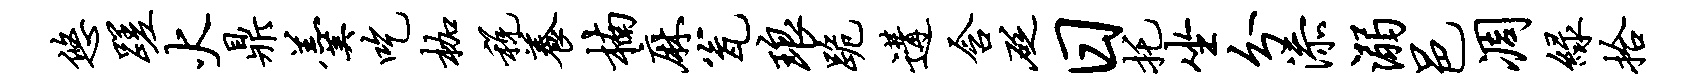
悠蹉火鼎羹吃枷税养楠麻瓮琅跪遘含砭日托坐分添溺邑凋绿拾